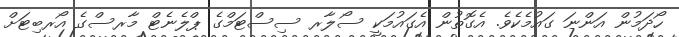
ހޯދަމުން އަންނަ ގައުމެކެވެ. އެގޮތުން އެގައުމަކީ ސޯލާރ ސިސްޓަމްގެ ޕްލެނެޓް މާރސްގެ އޯރބިޓަށް